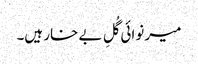
میر نوائی گُلِ بے خار ہیں۔